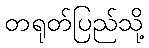
တရုတ်ပြည်သို့